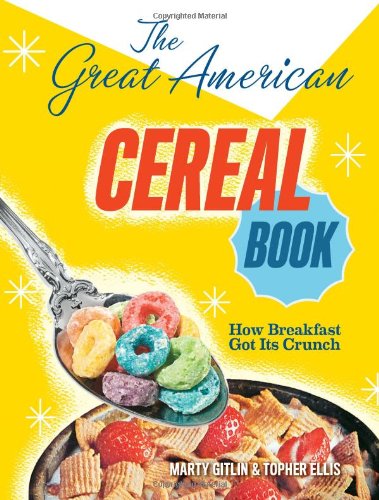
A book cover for The Great American Cereal Book: How Breakfast Got Its Crunch; Martin Gitlin; Cookbooks, Food & Wine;